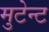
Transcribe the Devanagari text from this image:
मुटेन्ट